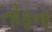
તોફૂના